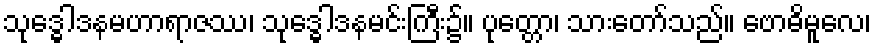
သုဒ္ဓေါဒနမဟာရာဇဿ၊ သုဒ္ဓေါဒနမင်းကြီး၌။ ပုတ္တော၊ သားတော်သည်။ ဗောဓိမူလေ၊